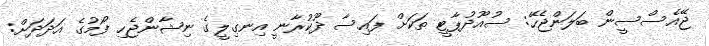
ޖޭއެސްސީން ބަލަންޖެހޭ: ސުއޫދުޕާޓީ ތަކަށް ފައިސާ ދޫކުރާނީ އިނގިލީގެ ނިޝާންޖެހި ފޯމުގެ އަދަދަށް: